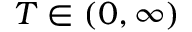
T \in ( 0 , \infty )